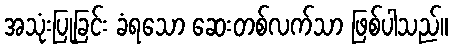
အသုံးပြုခြင်း ခံရသော ဆေးတစ်လက်သာ ဖြစ်ပါသည်။